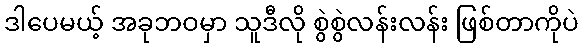
ဒါပေမယ့် အခုဘဝမှာ သူဒီလို စွဲစွဲလန်းလန်း ဖြစ်တာကိုပဲ